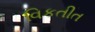
વિકતીત